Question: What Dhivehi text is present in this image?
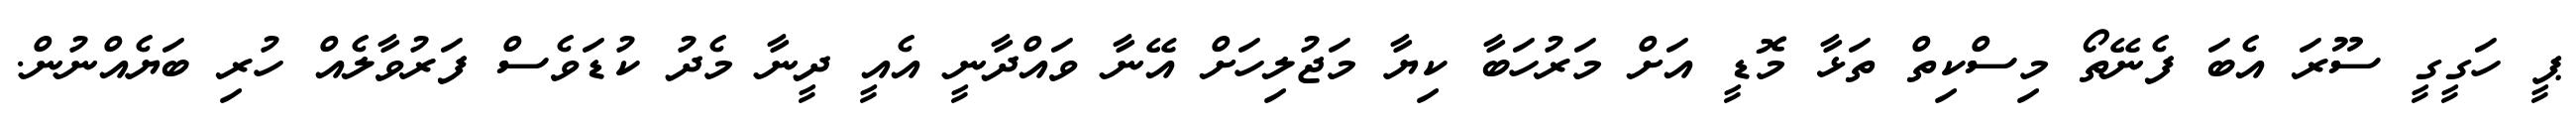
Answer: ޕީ ހަގީގީ ސޫރަ އެބަ ފެނޭތޯ މިސްކިތް ތަޅާ މޮޑީ އަށް މަރުހަބާ ކިޔާ މަޖުލިހަށް އޭނާ ވައްދާނީ އެއީ ދީނާ މެދު ކުޑަވެސް ފަރުވާލެއް ހުރި ބަޔެއްނުން.